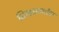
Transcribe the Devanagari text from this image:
जिल्हामार्गावर